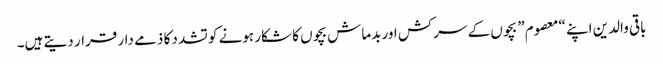
باقی والدین اپنے “معصوم” بچوں کے سرکش اور بدماش بچوں کا شکار ہونے کو تشدد کا ذمے دار قرار دیتے ہیں۔